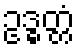
ဥဒ္ဓတ္တံ